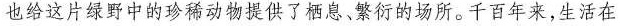
也给这片绿野中的珍稀动物提供了栖息、繁衍的场所。千百年来，生活在